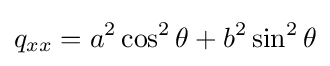
q_{xx}=a^{2}\cos ^{2}\theta +b^{2}\sin ^{2}\theta